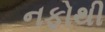
નફોથી